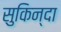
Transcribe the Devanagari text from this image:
सुकिन्दा